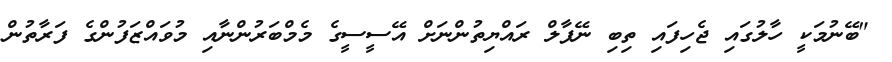
"ބޭނުމަކީ ހާލުގައި ޖެހިފައި ތިިބި ނޭޕާލް ރައްޔިތުންނަށް އޭސީސީގެ މެމްބަރުންނާއި މުވައްޒަފުންގެ ފަރާތުން